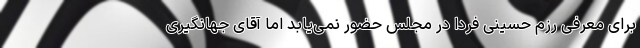
برای معرفی رزم حسینی فردا در مجلس حضور نمی‌یابد اما آقای جهانگیری